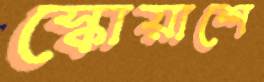
স্কোয়াশে